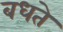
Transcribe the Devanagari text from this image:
बधते